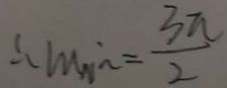
\therefore \min = \frac { 3 \pi } { 2 }